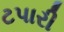
ટપારી